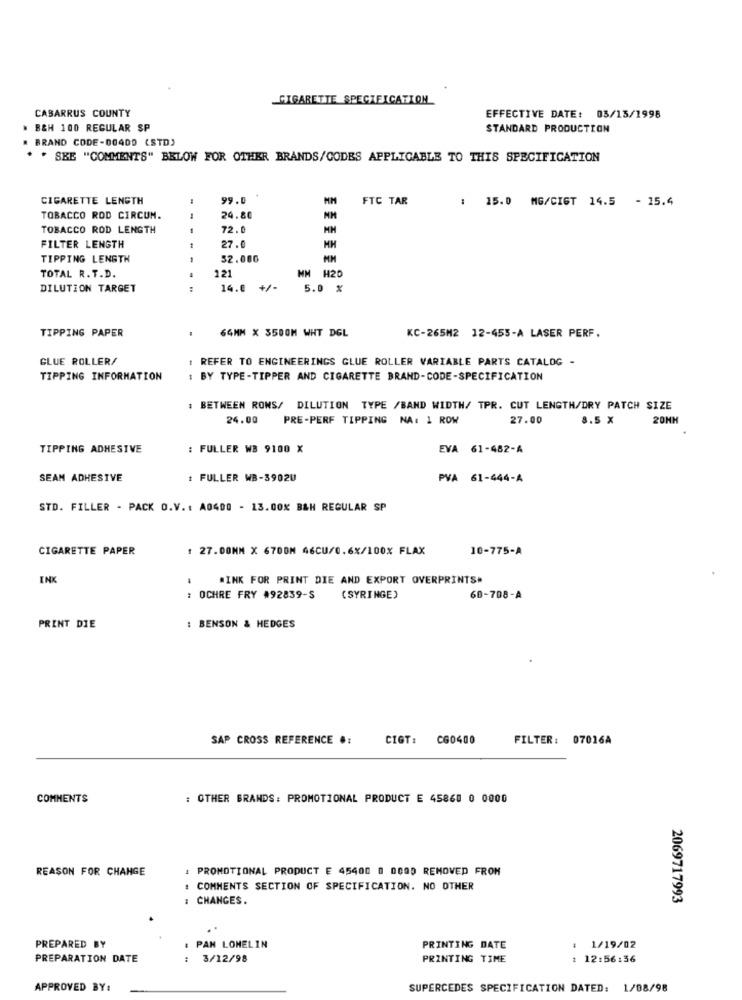
CIGARETTE SPECIFICATION
CABARRUS COUNTY
EFFECTIVE DATE: 03/13/1998
B&H 100 REGULAR SP
STANDARD PRODUCTION
BRAND CODE-004DO (STD)
* * SKE "COMMENTS" BELOW FOR OTHER BRANDS/CODES APPLICABLE TO THIS SPECIFICATION
CIGARETTE LENGTH
99.0
FTC TAR
: 15.0 MG/CIGT 14.5 - 15.4
TOBACCO ROD CIRCUN.
24.80
TOBACCO ROD LENGTH
72.0
FILTER LENGTH
27.0
MH
TIPPING LENGTH
52.000
MM
TOTAL R. T.D.
121
MM H20
DILUTION TARGET
...
14.0 +/-
5.0 %
64MM X 3500M WHT DGL
TIPPING PAPER
KC-265M2 12-455-A LASER PERF.
GLUE ROLLER/
1 REFER TO ENGINEERINGS GLUE ROLLER VARIABLE PARTS CATALOG -
TIPPING INFORMATION
BY TYPE-TIPPER AND CIGARETTE BRAND-CODE-SPECIFICATION
: BETWEEN ROWS/ DILUTION TYPE /BAND WIDTH/ TPR. CUT LENGTH/DRY PATCH SIZE
24.00
PRE-PERF TIPPING NA: 1 ROW
27.00
8.5 X
20MM
TIPPING ADHESIVE
: FULLER WB 9100 X
EVA 61-482-A
SEAN ADHESIVE
: FULLER WB-39020
PVA 61-444-A
STD. FILLER - PACK O.V .: A0400 - 13.00% B&H REGULAR SP
CIGARETTE PAPER
1 27.00MM X6700M 46CU/0.6%/100% FLAX
10-775-A
INK
#INK FOR PRINT DIE AND EXPORT OVERPRINTS#
: OCHRE FRY #92839-S
(SYRINGE)
60-708-A
: BENSON & HEDGES
PRINT DIE
SAP CROSS REFERENCE #:
CIGT: C60400
FILTER: 07016A
COMMENTS
: OTHER BRANDS: PROMOTIONAL PRODUCT E 45860 0 0000
REASON FOR CHANGE
: PROMOTIONAL PRODUCT E 45400 0 0000 REMOVED FROM
COMMENTS SECTION OF SPECIFICATION. NO OTHER
: CHANGES.
2069717993
PREPARED BY
PAN LOMELIN
PRINTING DATE
.
1/19/02
PREPARATION DATE
: 3/12/98
PRINTING TIME
: 12:56:36
APPROVED BY:
SUPERCEDES SPECIFICATION DATED: 1/08/98